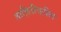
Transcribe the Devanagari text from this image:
ताहितीवरील